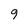
Character: 9